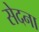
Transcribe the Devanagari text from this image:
सेदना